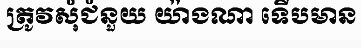
ត្រូវសុំជំនួយ យ៉ាងណា ទើបមាន